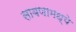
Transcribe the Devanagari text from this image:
साबणामध्ये